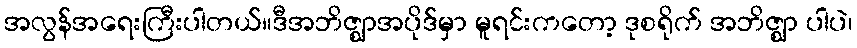
အလွန်အရေးကြီးပါတယ်။ဒီအဘိဇ္ဈာအပိုဒ်မှာ မူရင်းကတော့ ဒုစရိုက် အဘိဇ္ဈာ ပါပဲ၊